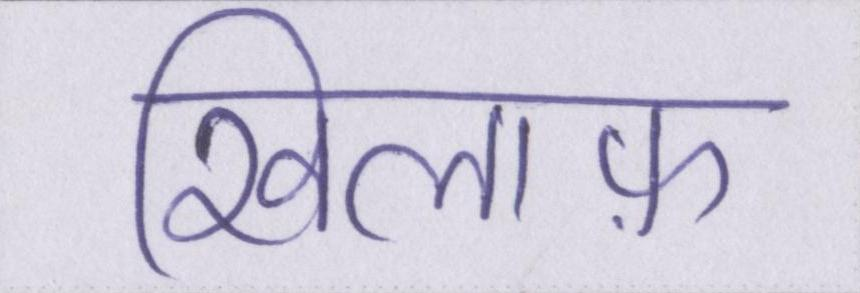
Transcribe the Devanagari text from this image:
खिलाफ़